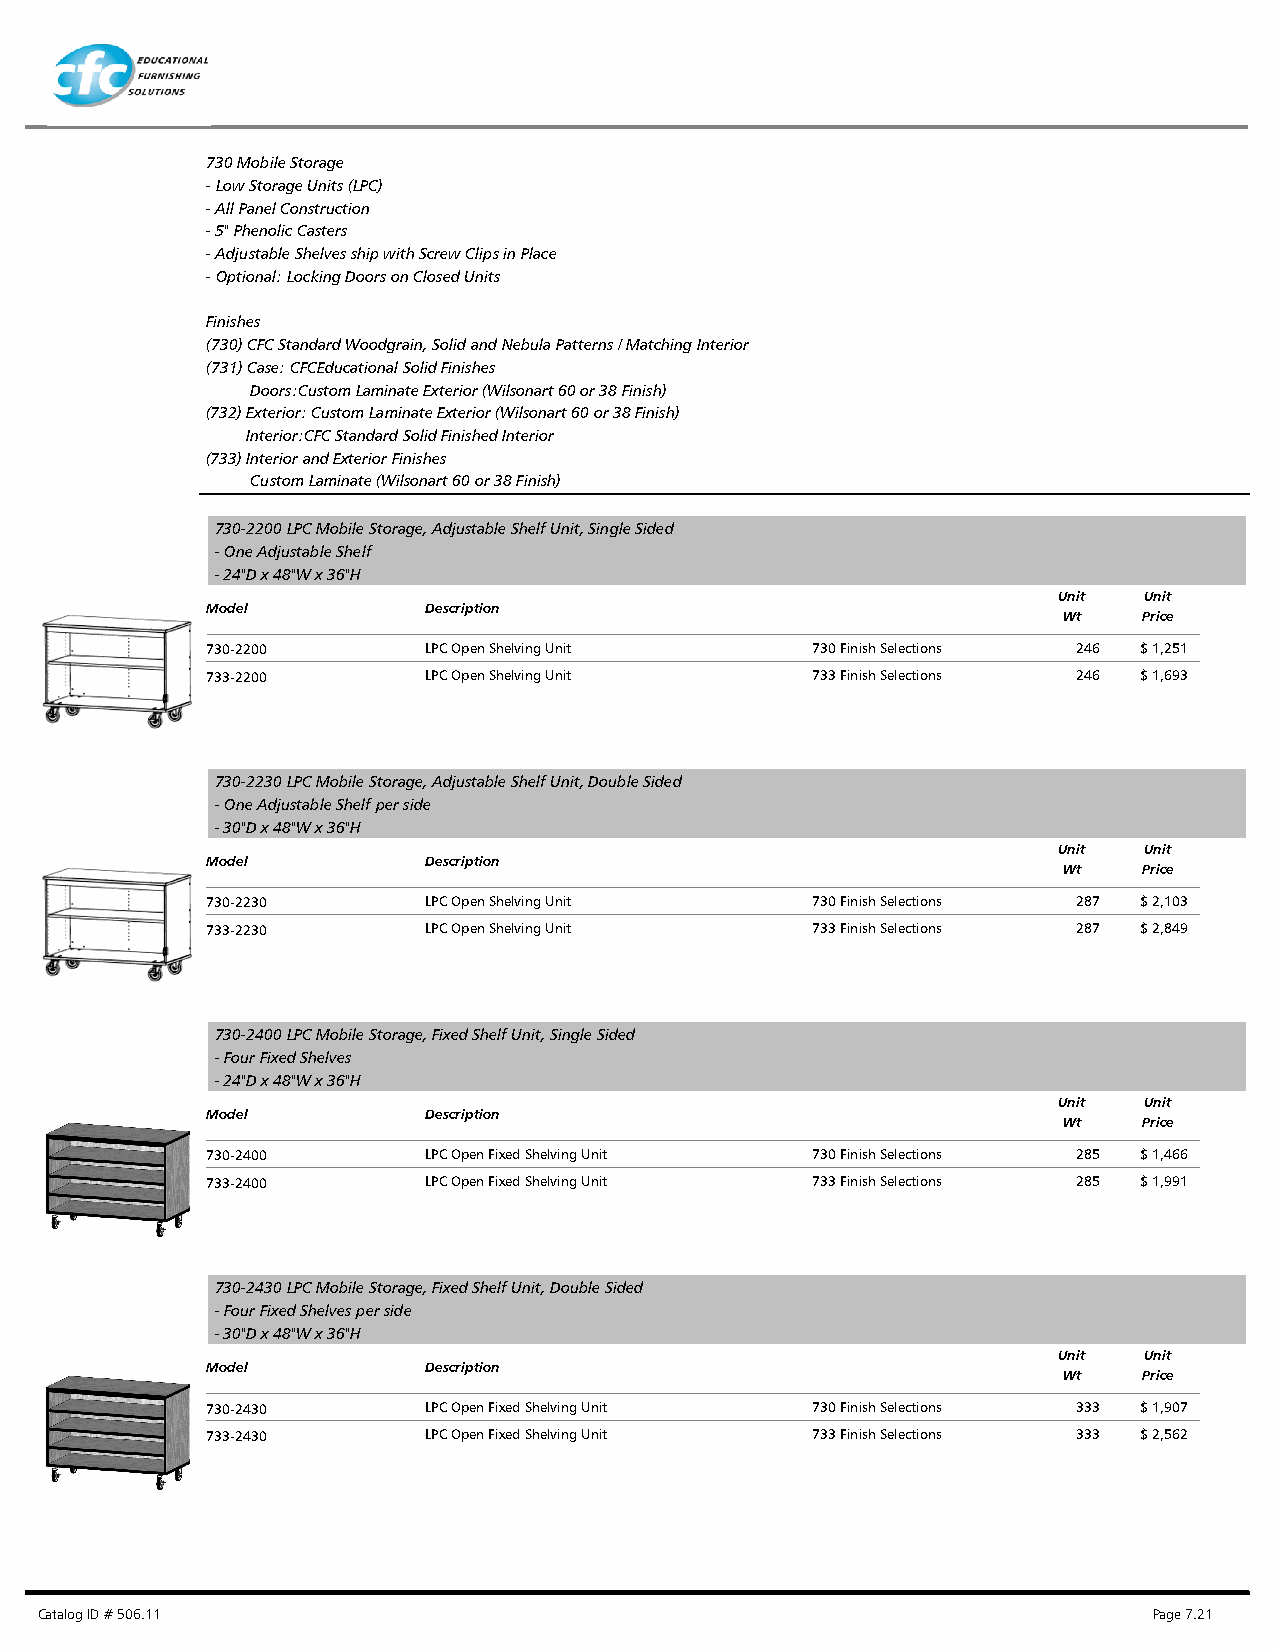
730 Mobile Storage
 - Low Storage Units (LPC)
 - All Panel Construction
 - 5" Phenolic Casters
 - Adjustable Shelves ship with Screw Clips in Place
 - Optional: Locking Doors on Closed Units
 Finishes
 (730) CFC Standard Woodgrain, Solid and Nebula Patterns / Matching Interior
 (731) Case: CFCEducational Solid Finishes
 Doors:Custom Laminate Exterior (Wilsonart 60 or 38 Finish)
 (732) Exterior: Custom Laminate Exterior (Wilsonart 60 or 38 Finish)
 Interior:CFC Standard Solid Finished Interior
 (733) Interior and Exterior Finishes
 Custom Laminate (Wilsonart 60 or 38 Finish)
 730-2200 LPC Mobile Storage, Adjustable Shelf Unit, Single Sided
 - One Adjustable Shelf
 - 24"D x 48"W x 36"H
 Unit  Unit
 Model         Description
 Wt    Price
 730-2200      LPC Open Shelving Unit    730 Finish Selections 246 $ 1,251
 733-2200      LPC Open Shelving Unit    733 Finish Selections 246 $ 1,693
 730-2230 LPC Mobile Storage, Adjustable Shelf Unit, Double Sided
 - One Adjustable Shelf per side
 - 30"D x 48"W x 36"H
 Unit  Unit
 Model         Description
 Wt    Price
 730-2230      LPC Open Shelving Unit    730 Finish Selections 287 $ 2,103
 733-2230      LPC Open Shelving Unit    733 Finish Selections 287 $ 2,849
 730-2400 LPC Mobile Storage, Fixed Shelf Unit, Single Sided
 - Four Fixed Shelves
 - 24"D x 48"W x 36"H
 Unit  Unit
 Model         Description
 Wt    Price
 730-2400      LPC Open Fixed Shelving Unit 730 Finish Selections 285 $ 1,466
 733-2400      LPC Open Fixed Shelving Unit 733 Finish Selections 285 $ 1,991
 730-2430 LPC Mobile Storage, Fixed Shelf Unit, Double Sided
 - Four Fixed Shelves per side
 - 30"D x 48"W x 36"H
 Unit  Unit
 Model         Description
 Wt    Price
 730-2430      LPC Open Fixed Shelving Unit 730 Finish Selections 333 $ 1,907
 733-2430      LPC Open Fixed Shelving Unit 733 Finish Selections 333 $ 2,562
 Catalog ID # 506.11                                                       Page 7.21